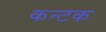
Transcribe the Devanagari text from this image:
कन्टक